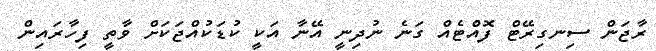
ރާޖަން ސިނގިރޭޓް ފޮއްޓެއް ގަނެ ނުދިނީ އޭނާ އަކީ ކުޑަކުއްޖަކަށް ވާތީ ފިހާރައިން